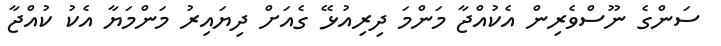
ސަންގެ ނޫސްވެރިން އެކުއްޖާ މަންމަ ދިރިއުޅޭ ގެއަށް ދިޔައިރު މަންމަޔާ އެކު ކުއްޖާ